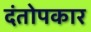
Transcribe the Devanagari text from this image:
दंतोपकार